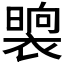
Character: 𭧯